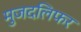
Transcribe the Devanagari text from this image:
मुजदलिफर